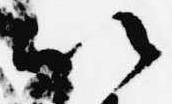
以